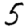
Digit: 5